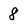
Character: 8